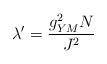
LaTeX: \begin{align*}\lambda'= \frac{g_{YM}^2 N}{J^2} \end{align*}